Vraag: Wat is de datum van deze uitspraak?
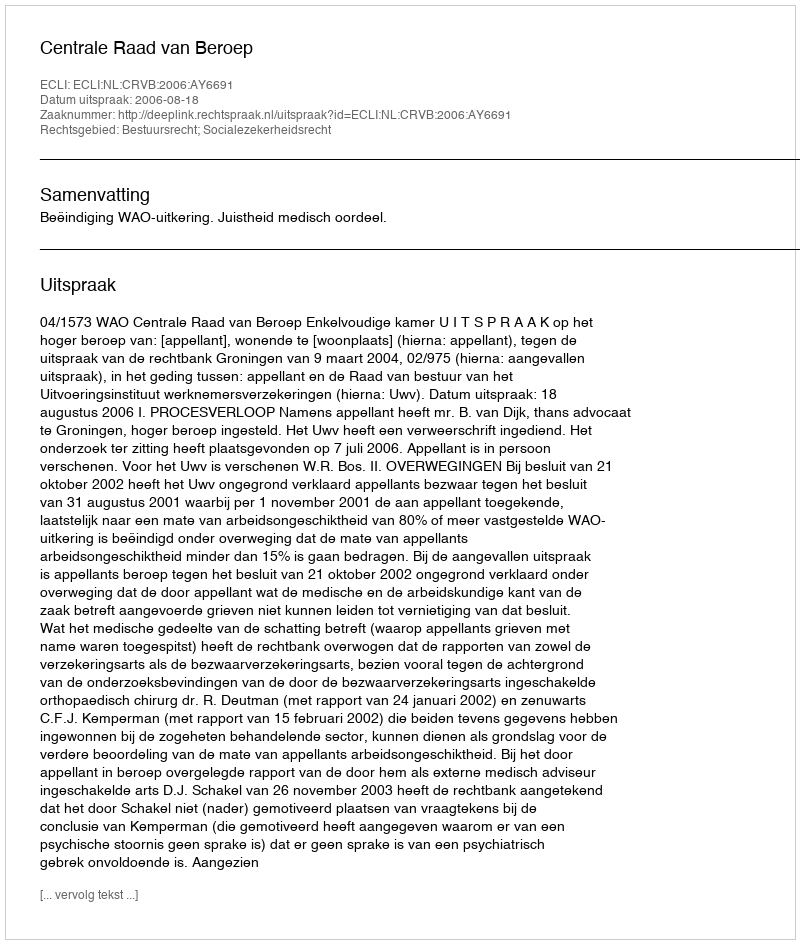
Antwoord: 2006-08-18